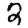
Digit: 2